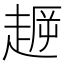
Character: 𧼞